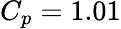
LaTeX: C_{p}=1.01